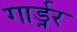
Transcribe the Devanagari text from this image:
गार्ड्नर